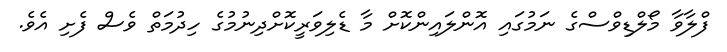
ފްލާވާ މޯލްޑިވްސްގެ ނަމުގައި އޮންލައިންކޮށް މާ ޑެލިވަރީކޮށްދިނުމުގެ ހިދުމަތް ވެސް ފެށި އެވެ.